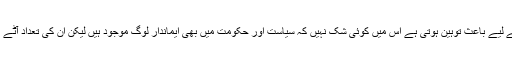
چھوٹی موٹی کرپشن ان کے لیے باعث توہین ہوتی ہے اس میں کوئی شک نہیں کہ سیاست اور حکومت میں بھی ایماندار لوگ موجود ہیں لیکن ان کی تعداد آٹے میں نمک سے بھی کم ہے۔